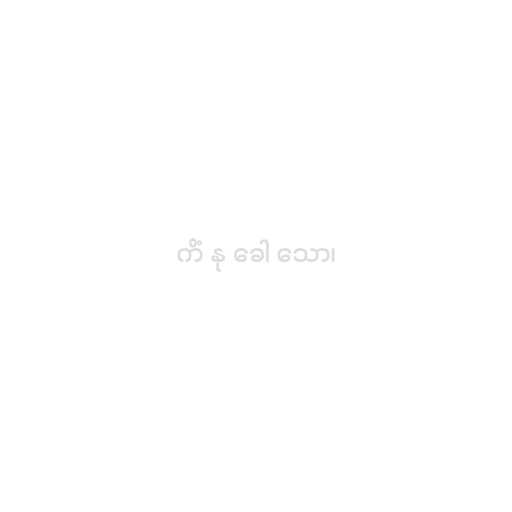
ကိံ နု ခေါ သော၊